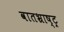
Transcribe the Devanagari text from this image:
वातभ्राष्ट्र